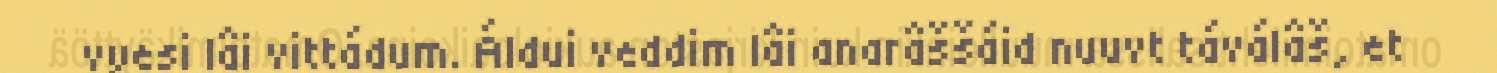
vyesi lâi vittádum. Áldui veddim lâi anarâššáid nuuvt táválâš, et